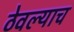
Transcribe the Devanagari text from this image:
ठेवल्याच